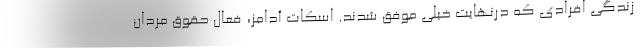
زندگی‌ افرادی که درنهایت خیلی موفق شدند. اسکات آدامز، فعال حقوق مردان